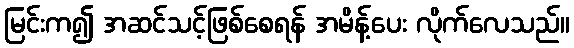
မြင်းက၍ အဆင်သင့်ဖြစ်စေရန် အမိန့်ပေး လိုက်လေသည်။